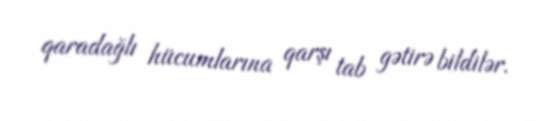
qaradağlı hücumlarına qarşı tab gətirə bildilər.